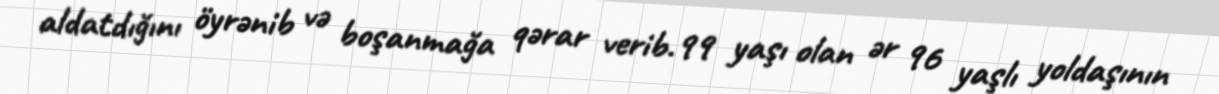
aldatdığını öyrənib və boşanmağa qərar verib.99 yaşı olan ər 96 yaşlı yoldaşının